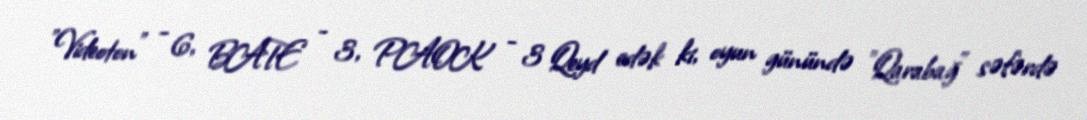
"Videoton" - 6, BATE - 3, PAOK - 3 Qeyd edək ki, oyun günündə "Qarabağ" səfərdə